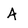
Character: A